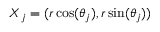
\boldsymbol X _ { j } = ( r \cos ( \theta _ { j } ) , r \sin ( \theta _ { j } ) )